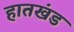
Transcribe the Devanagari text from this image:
हातखंड